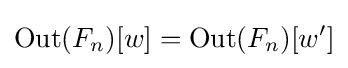
\operatorname {Out} (F_{n})[w]=\operatorname {Out} (F_{n})[w']